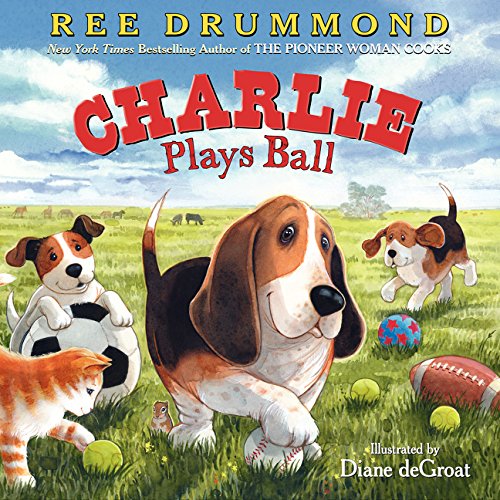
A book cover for Charlie Plays Ball (Charlie the Ranch Dog); Ree Drummond; Children's Books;